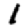
Digit: 1